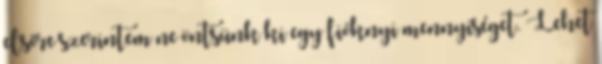
elsőre szerintem ne öntsünk ki egy fióknyi mennyiséget. Lehet